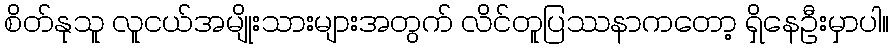
စိတ်နုသူ လူငယ်အမျိုးသားများအတွက် လိင်တူပြဿနာကတော့ ရှိနေဦးမှာပါ။